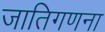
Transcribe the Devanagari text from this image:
जातिगणना